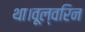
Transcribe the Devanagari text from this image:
था।वूल्वरिन